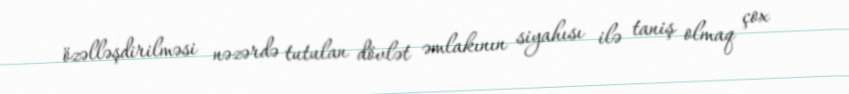
özəlləşdirilməsi nəzərdə tutulan dövlət əmlakının siyahısı ilə taniş olmaq çox